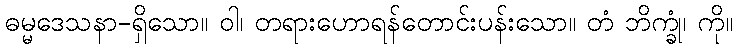
ဓမ္မဒေသနာ-ရှိသော။ ဝါ၊ တရားဟောရန်တောင်းပန်းသော။ တံ ဘိက္ခုံ၊ ကို။